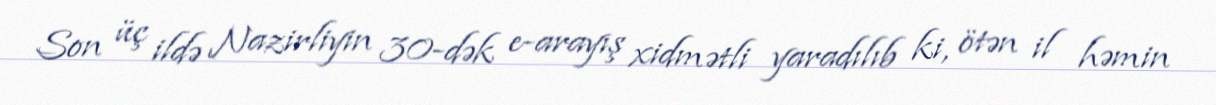
Son üç ildə Nazirliyin 30-dək e-arayış xidmətli yaradılıb ki, ötən il həmin